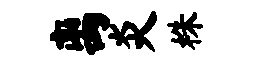
离炎株